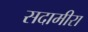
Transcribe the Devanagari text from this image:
सदामीरा